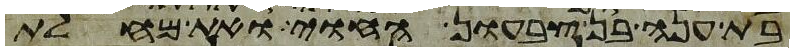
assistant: בת ענה בן צבעון החוי ואת מחלת